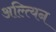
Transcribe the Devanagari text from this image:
अल्त्यिन